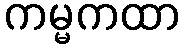
ကမ္မကထာ